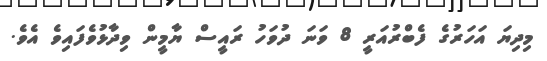
މިދިޔަ އަހަރުގެ ފެބްރުއަރީ 8 ވަނަ ދުވަހު ރައީސް ޔާމީން ވިދާޅުވެފައިވެ އެވެ.